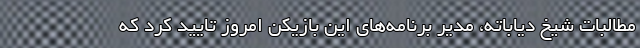
مطالبات شیخ دیاباته، مدیر برنامه‌های این بازیکن امروز تایید کرد که